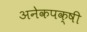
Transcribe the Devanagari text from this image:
अनेकपक्षी